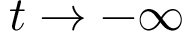
t \rightarrow - \infty